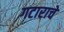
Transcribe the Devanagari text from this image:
गटाराचे